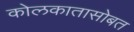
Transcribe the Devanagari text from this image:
कोलकातासोबत